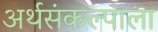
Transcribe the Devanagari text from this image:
अर्थसंकल्पाला